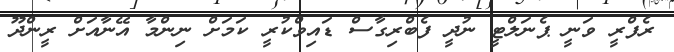
ރެފްރީ ވަނީ ޕެނަލްޓީ ނުދީ ފެބްރިގާސް ޑައިވްކުރީ ކަމަށް ނިންމާ އޭނާއަށް ރީންދޫ